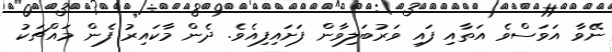
ނޭވާ އަވަސްވެ އަތާއި ފައި ވަރުބަލިވާން ފަށައިފިއެވެ. ދެން މާކައިރު ފެން މައްޗަކު